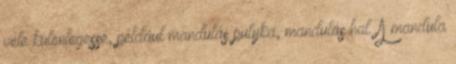
vele különlegessé, például mandulás pulyka, mandulás hal. A mandula